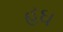
હઘ